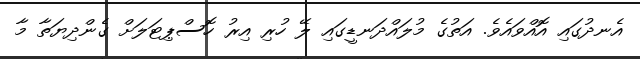
އެނދުގައި އޮއްވައެވެ. އަތުގެ މުލައްދަނޑީގައި ލޭ ހުރި އިރު ހޮސްޕިޓަލަށް ގެންދިޔަތާ މާ